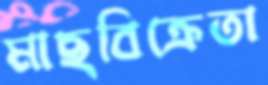
মাছবিক্রেতা